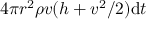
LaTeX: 4 \pi r ^ { 2 } \rho v ( h + v ^ { 2 } / 2 ) \mathrm { d } t